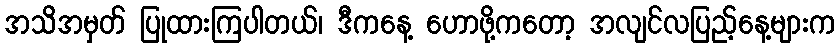
အသိအမှတ် ပြုထားကြပါတယ်၊ ဒီကနေ့ ဟောဖို့ကတော့ အလျင်လပြည့်နေ့များက